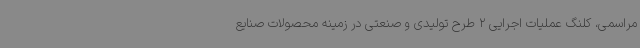
مراسمی، کلنگ عملیات اجرایی 2 طرح تولیدی و صنعتی در زمینه محصولات صنایع